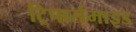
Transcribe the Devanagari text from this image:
ट्रिपार्समाइड